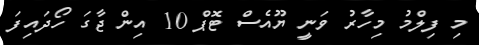
މި ފިލްމު މިހާރު ވަނީ ޔޫއެސް ޓޮޕް 10 އިން ޖާގަ ހޯދައިފަ